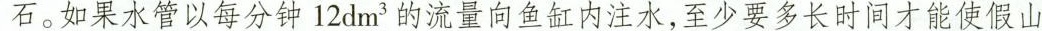
石。如果水管以每分钟12dm^{3}的流量向鱼缸内注水，至少要多长时间才能使假山